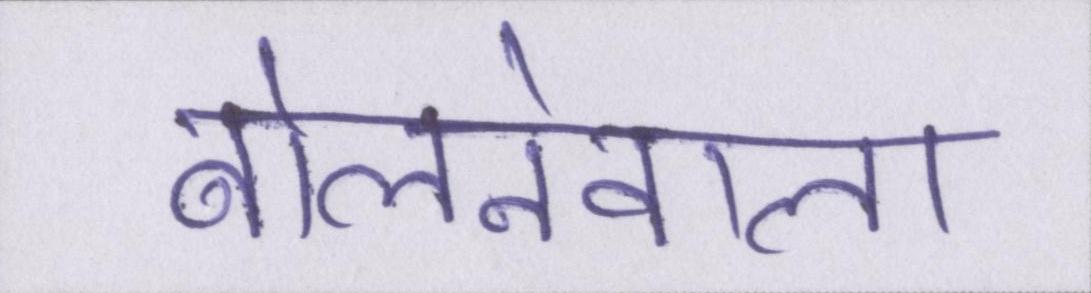
बोलनेवाला